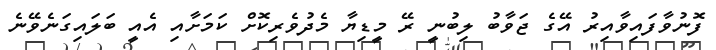
ފޮނުވާފައިވާއިރު އޭގެ ޖަވާބު ލިބުނީ ރޭ މީޑިޔާ މެދުވެރިކޮށް ކަމަށާއި އެއީ ބަލައިގަނެވޭނެ